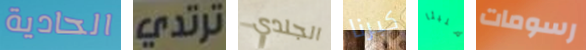
الحادية ترتدي الجلدي كبرنا مليئا رسومات